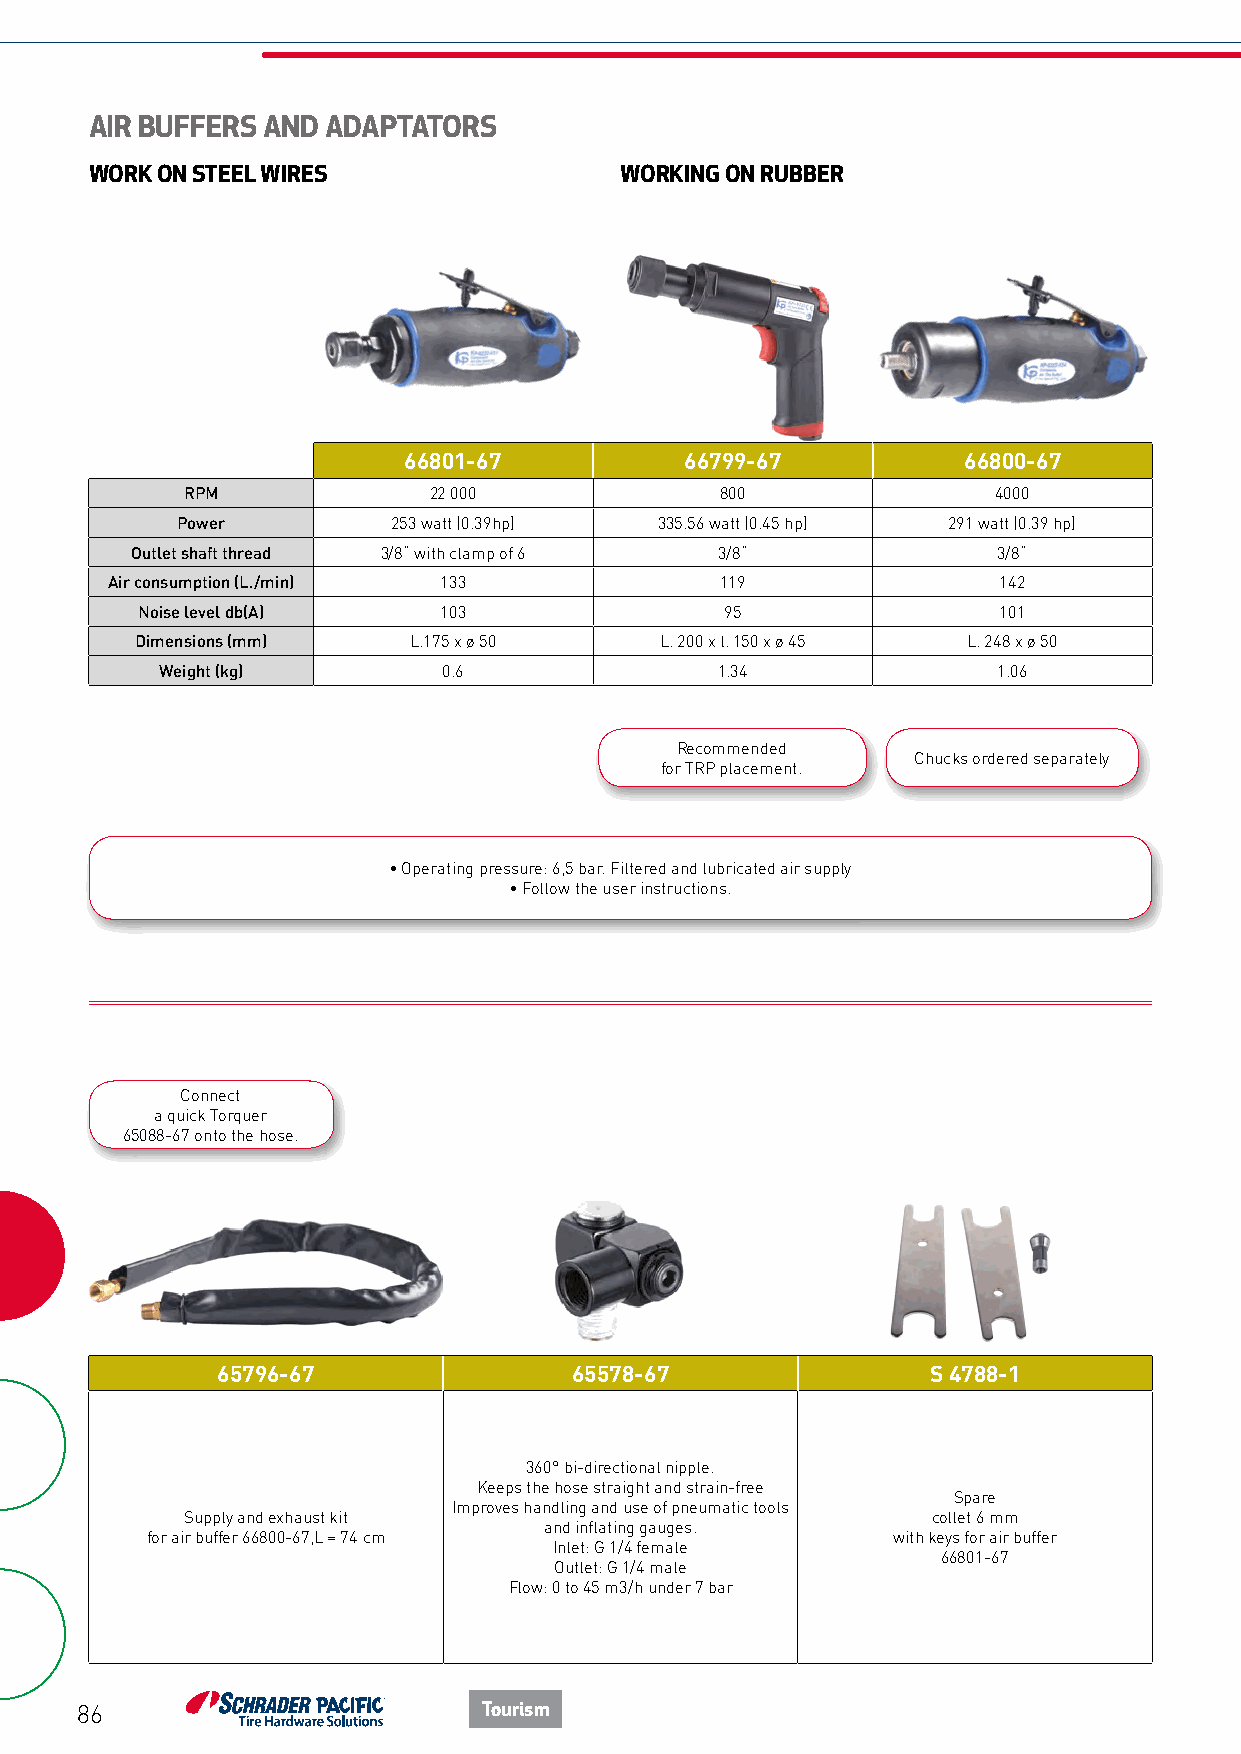
AIR BUFFERS AND ADAPTATORS
 WORK ON STEEL WIRES                WORKING ON RUBBER
 66801-67          66799-67           66800-67
 RPM             22 000              800               4000
 Power         253 watt (0.39hp) 335.56 watt (0.45 hp) 291 watt (0.39 hp)
 Outlet shaft thread 3/8“ with clamp of 6 3/8“            3/8“
 Air consumption (L./min) 133             119               142
 Noise level db(A)   103                95                101
 Dimensions (mm)   L.175 x ø 50     L. 200 x l. 150 x ø 45 L. 248 x ø 50
 Weight (kg)       0.6               1.34               1.06
 Recommended
 Chucks ordered separately
 for TRP placement.
 • Operating pressure: 6,5 bar. Filtered and lubricated air supply
 • Follow the user instructions.
 Connect
 a quick Torquer
 65088-67 onto the hose.
 65796-67                65578-67                S 4788-1
 360° bi-directional nipple.
 Keeps the hose straight and strain-free
 Spare
 Improves handling and use of pneumatic tools
 Supply and exhaust kit                            collet 6 mm
 and inflating gauges.
 for air buffer 66800-67,L = 74 cm                with keys for air buffer
 Inlet: G 1/4 female
 66801-67
 Outlet: G 1/4 male
 Flow: 0 to 45 m3/h under 7 bar
 86                         Tourism